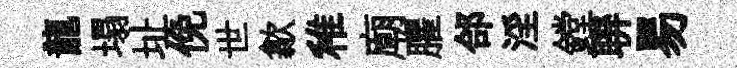
龍塌址俛世歙稚廟臞郃淫鏜聨易